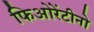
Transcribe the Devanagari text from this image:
फिओरेंटीनो